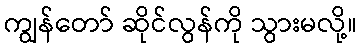
ကျွန်တော် ဆိုင်လွန်ကို သွားမလို့။